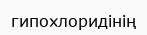
гипохлоридінің